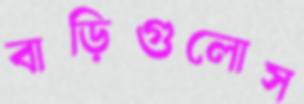
বাড়িগুলোস